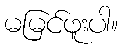
မမြင်ဖူးပါ။